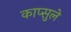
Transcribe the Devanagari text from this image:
काप्सुले